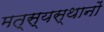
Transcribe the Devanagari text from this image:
मत्स्यस्थानों